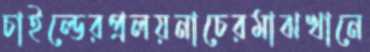
চাইল্ডেরপ্রলয়নাচেরমাঝখানে